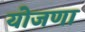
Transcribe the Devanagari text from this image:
योजणा